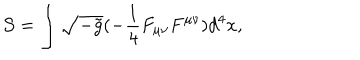
LaTeX: { \cal S } = \int \sqrt { - \tilde { g } } ( - \frac { 1 } { 4 } F _ { \mu \nu } F ^ { \mu \nu } ) d ^ { 4 } x ,